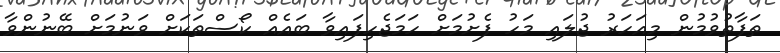
ތަފާތުވުމުން މިއަހަރު ޖުލައި މަހު ފެށުމަށް ހަމަޖެހިފައިވާ ބައެއް ކޯސްތަކަށް ވަނުމަށް ބޭނުންވާ